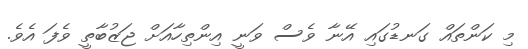
މި ކަންތައް ގަނޑުގައި އޭނާ ވެސް ވަނީ އިންތިހާއަށް ޖަޒުބާތީ ވެފަ އެވެ.